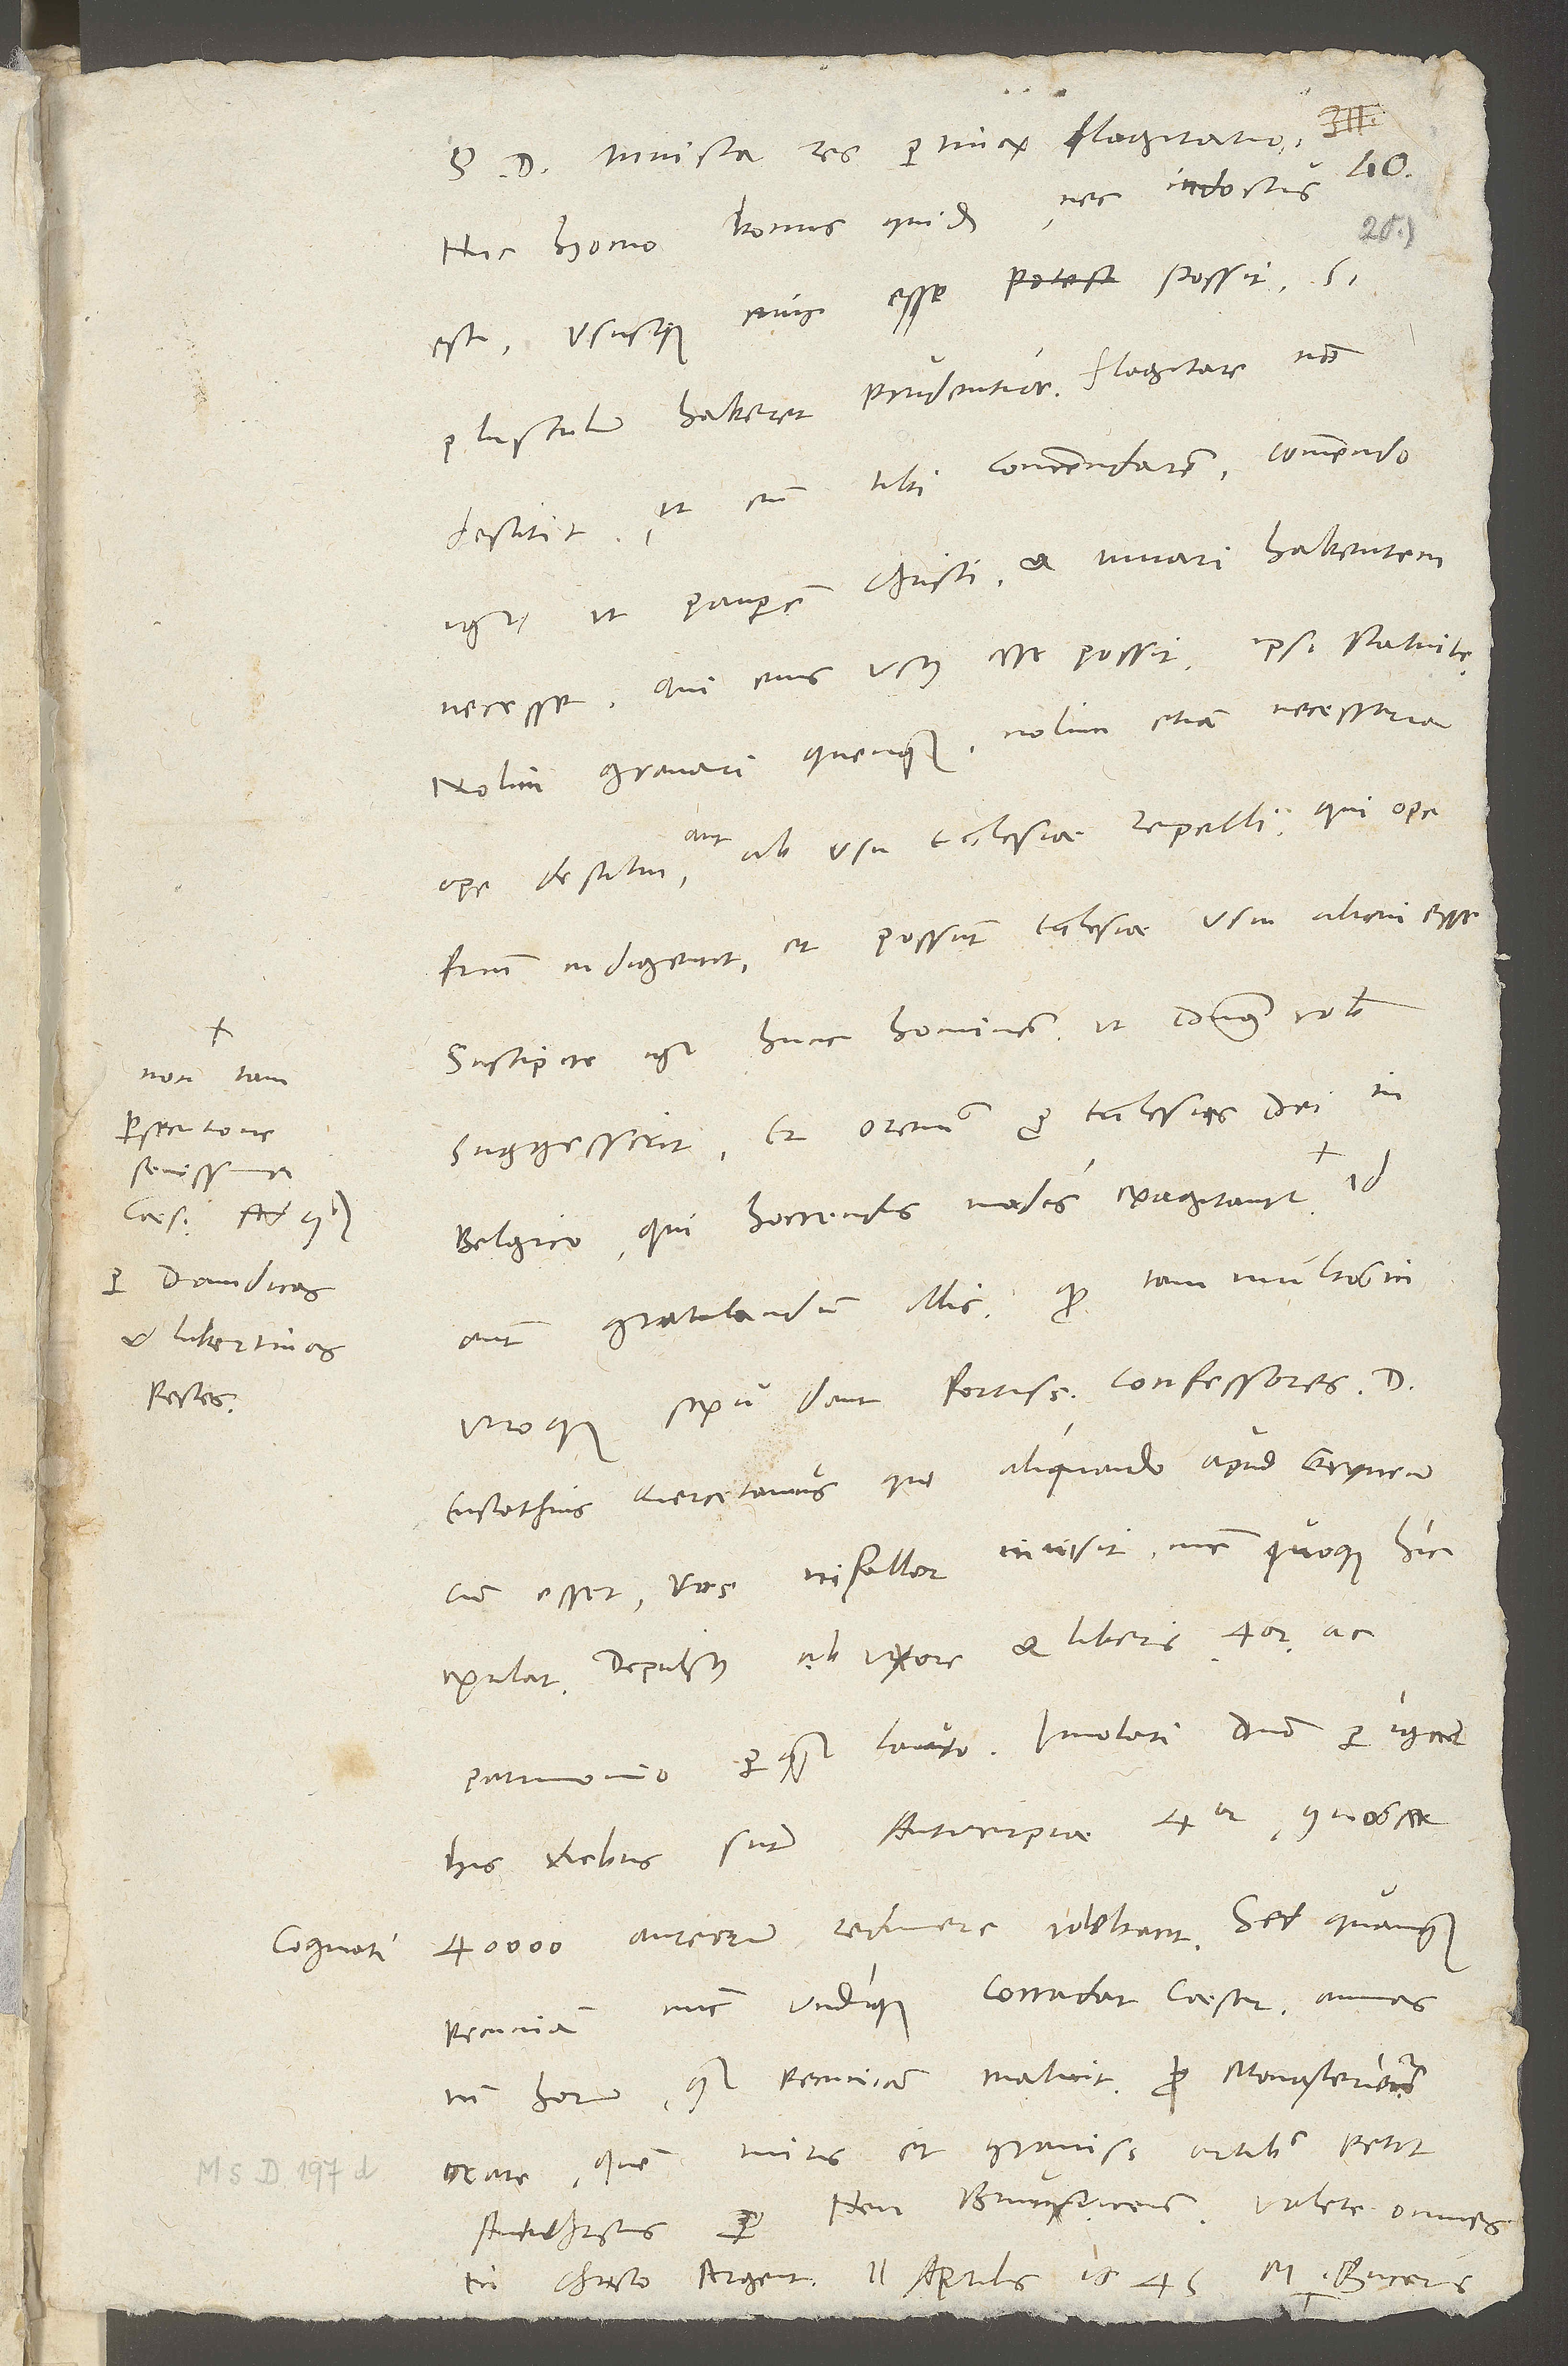
D.
non tam
persecutione
sevissima
Davidicas
et libertinas
pestes.
cognati

S. Invicta res pertinax flagitatio.
Hic homo bonus quidem nec indoctus
est, ususque eius esse possit, si
destitit, ut eum tibi commendarem. Commendo
igitur ut pauperem Christi et iuvari habentem
necesse. Qui eius usus esse possit, ipsi statuite.
Nolim gravari quemquam; nolim etiam necessaria
ope destitui aut ab usu ecclesiae repelli, qui ope
fratrum indigent et possunt ecclesiae usui alicui esse.
Suscipite igitur hunc hominem, ut dominus vobis
suggesserit, et oremus pro ecclesiis dei in
Belgico, qui horrendis modis exagitantur,
autem gratulandum illis, quod tam multos in
utroque sexu dant fortissimos confessores.
Eustathius Quercetanus, qui aliquando apud Gryneum
cum esset, vos, ni fallor, invisit, nunc quoque hic
exulat, depulsus ab uxore et liberis quatuor ac
his diebus sunt Antverpiae quatuor, quos
40’000 aureorum redimere volebant. Sed quamquam
pecuniam nunc undique corradat caesar, animas
tamen horum quam pecuniam maluit. Pro Monasteriensi
orate, quem miris et gravissimis artibus petit
M. Bucerus,